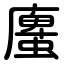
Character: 螷